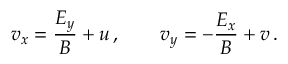
v _ { x } = \frac { E _ { y } } { B } + u \, , \qquad v _ { y } = - \frac { E _ { x } } { B } + v \, .